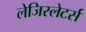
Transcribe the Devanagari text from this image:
लेजिस्लेटर्स